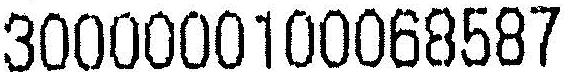
3000000100068587